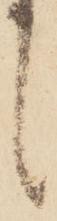
候